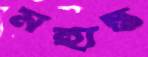
মহান্ত